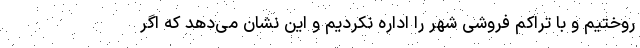
روختیم و با تراکم فروشی شهر را اداره نکردیم و این نشان می‌دهد که اگر